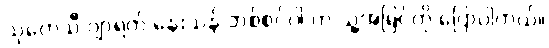
သုတေသီ ဂျာရက် နေးသန် ဘစ်စင်ဂါ က သူ့အမြင်ကို ပြောပါတယ်။